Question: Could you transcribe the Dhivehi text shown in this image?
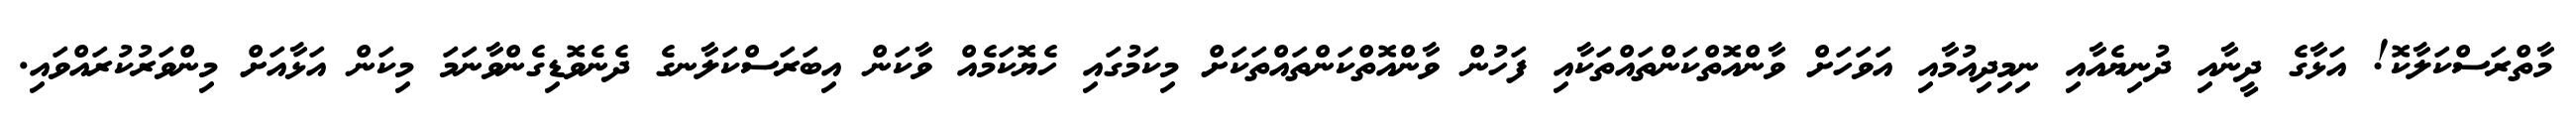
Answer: މާތްރަސްކަލާކޮ! އަޅާގެ ދީނާއި ދުނިޔެއާއި ނިމިދިއުމާއި އަވަހަށް ވާންއޮތްކަންތައްތަކާއި ފަހުން ވާންއޮތްކަންތައްތަކަށް މިކަމުގައި ހެޔޮކަމެއް ވާކަން އިބަރަސްކަލާނގެ ދެނެވޮޑިގެންވާނަމަ މިކަން އަޅާއަށް މިންވަރުކުރައްވައި.